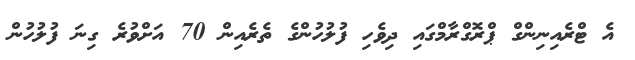
އެ ޓްރެއިނިންގް ޕްރޮގްރާމްގައި ދިވެހި ފުލުހުންގެ ތެރެއިން 70 އަށްވުރެ ގިނަ ފުލުހުން